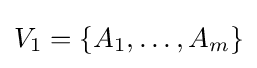
V_{1}=\{A_{1},\dots ,A_{m}\}